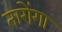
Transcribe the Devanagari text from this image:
तारोंगा